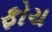
ફોચ